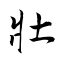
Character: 壯